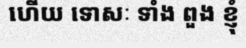
ហើយ ទោសៈ ទាំំង ពួង ខ្ញុំ